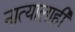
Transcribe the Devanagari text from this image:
नात्यालाही